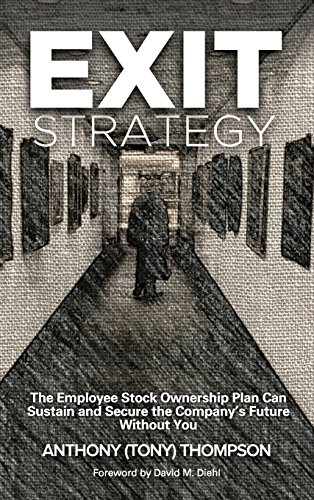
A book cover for Exit Strategy, The Employee Stock Ownership Plan Can Sustain and Secure the Company's Future Without You; Anthony (Tony) Thompson; Business & Money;